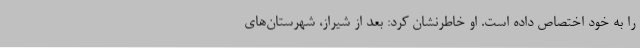
را به خود اختصاص داده است. او خاطرنشان کرد: بعد از شیراز، شهرستان‌های